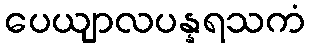
ပေယျာလပန္နရသကံ